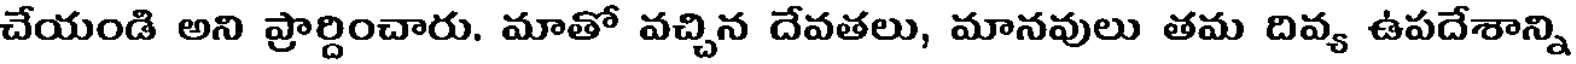
చేయండి అని ప్రార్దించారు. మాతో వచ్చిన దేవతలు, మానవులు తమ దివ్య ఉపదేశాన్ని